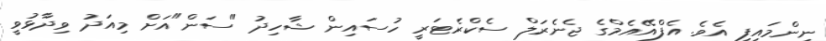
ނިންމައިފި އެވެ. އެފްއޭއެމްގެ ޖެނެރަލް ސެކްރެޓަރީ ހުސައިން ޝާހިދު "ސަން"އަށް މިއަދު ވިދާޅުވީ